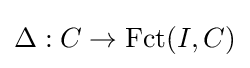
\Delta :C\to \operatorname {Fct} (I,C)